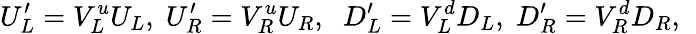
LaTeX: U_{L}^{\prime}=V_{L}^{u}U_{L},\; U_{R}^{\prime}=V_{R}^{u}U_{R},\; \; D_{L}^{\prime}=V_{L}^{d}D_{L},\; D_{R}^{\prime}=V_{R}^{d}D_{R},\; \;